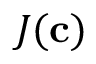
J ( \mathbf { c } )